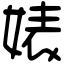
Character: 婊